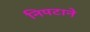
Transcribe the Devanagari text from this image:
निपटाने